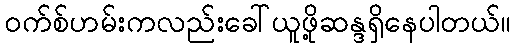
ဝက်စ်ဟမ်းကလည်းခေါ်ယူဖို့ဆန္ဒရှိနေပါတယ်။